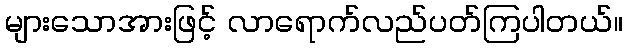
များသောအားဖြင့် လာရောက်လည်ပတ်ကြပါတယ်။